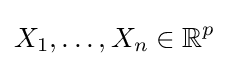
X_{1},\ldots ,X_{n}\in \mathbb {R} ^{p}